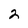
Character: 2